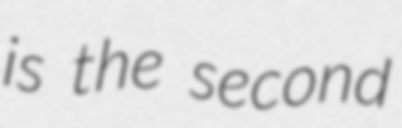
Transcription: is the second